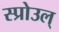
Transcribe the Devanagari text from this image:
स्प्रोउल्